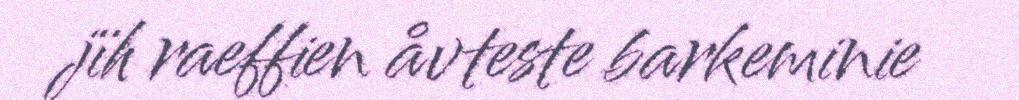
jïh raeffien åvteste barkeminie